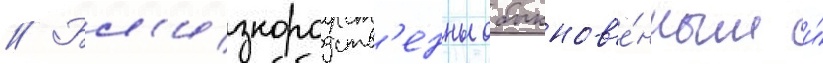
// Бл'изкородств'енны обыкнов'е́нным и́